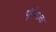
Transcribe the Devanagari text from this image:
पुंईशाक